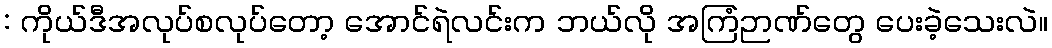
: ကိုယ်ဒီအလုပ်စလုပ်တော့ အောင်ရဲလင်းက ဘယ်လို အကြံဉာဏ်တွေ ပေးခဲ့သေးလဲ။